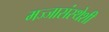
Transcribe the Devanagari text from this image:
मज्जासंस्थेशी